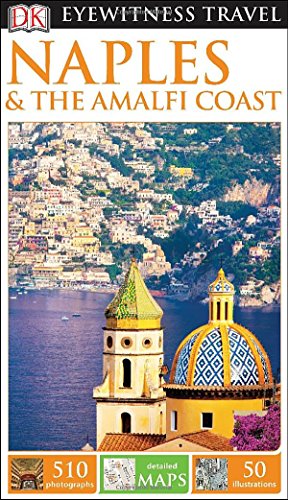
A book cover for DK Eyewitness Travel Guide: Naples & the Amalfi Coast; DK Publishing; Travel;